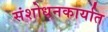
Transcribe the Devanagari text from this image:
संशोधनकार्यात